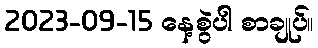
2023-09-15 နေ့စွဲပါ စာချုပ်။